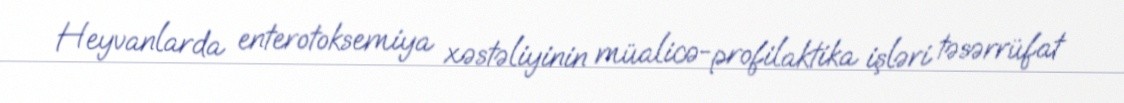
Heyvanlarda enterotoksemiya xəstəliyinin müalicə-profilaktika işləri təsərrüfat